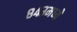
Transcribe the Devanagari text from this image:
८४३मध्ये